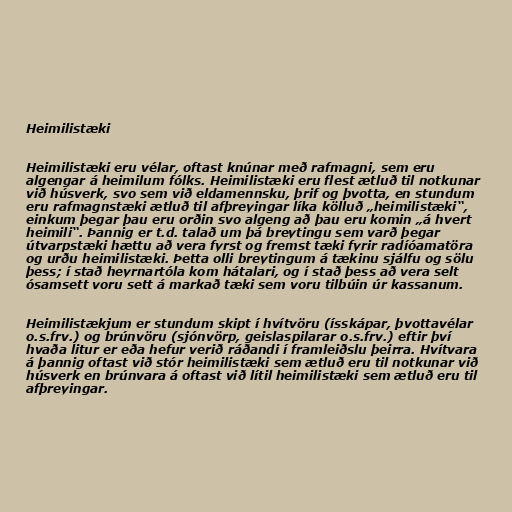
Heimilistæki

Heimilistæki eru vélar, oftast knúnar með rafmagni, sem eru
algengar á heimilum fólks. Heimilistæki eru flest ætluð til notkunar
við húsverk, svo sem við eldamennsku, þrif og þvotta, en stundum
eru rafmagnstæki ætluð til afþreyingar líka kölluð „heimilistæki“,
einkum þegar þau eru orðin svo algeng að þau eru komin „á hvert
heimili“. Þannig er t.d. talað um þá breytingu sem varð þegar
útvarpstæki hættu að vera fyrst og fremst tæki fyrir radíóamatöra
og urðu heimilistæki. Þetta olli breytingum á tækinu sjálfu og sölu
þess; í stað heyrnartóla kom hátalari, og í stað þess að vera selt
ósamsett voru sett á markað tæki sem voru tilbúin úr kassanum.

Heimilistækjum er stundum skipt í hvítvöru (ísskápar, þvottavélar
o.s.frv.) og brúnvöru (sjónvörp, geislaspilarar o.s.frv.) eftir því
hvaða litur er eða hefur verið ráðandi í framleiðslu þeirra. Hvítvara
á þannig oftast við stór heimilistæki sem ætluð eru til notkunar við
húsverk en brúnvara á oftast við lítil heimilistæki sem ætluð eru til
afþreyingar.